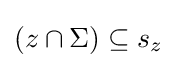
(z\cap \Sigma )\subseteq s_{z}